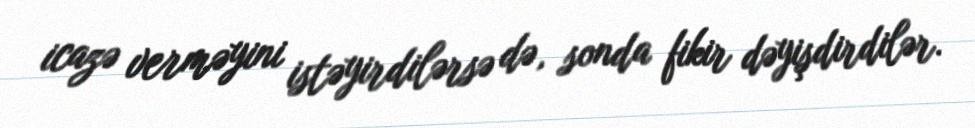
icazə verməyini istəyirdilərsə də, sonda fikir dəyişdirdilər.